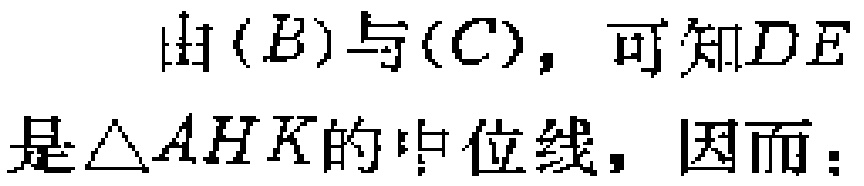
由$(B)$与$(C)$，可知$DE$是$\triangle AHK$的中位线，因而：